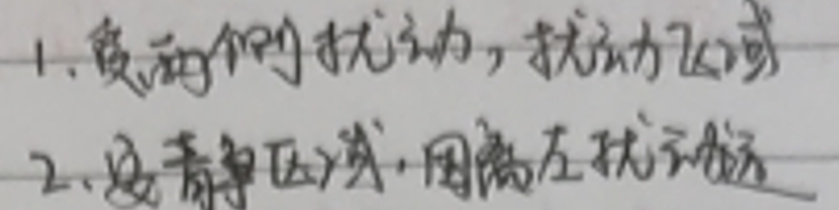
1. 负两侧扰动，扰动区域
2. 及青争区域，隔离左扰动区